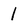
Character: 1